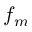
f _ { m }